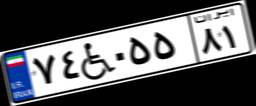
۷۴W۰۵۵۸۱